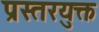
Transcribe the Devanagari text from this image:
प्रस्तरयुक्त